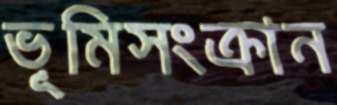
ভূমিসংক্রান